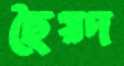
ছৈয়দ